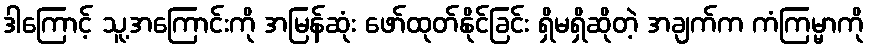
ဒါကြောင့် သူ့အကြောင်းကို အမြန်ဆုံး ဖော်ထုတ်နိုင်ခြင်း ရှိမရှိဆိုတဲ့ အချက်က ကံကြမ္မာကို